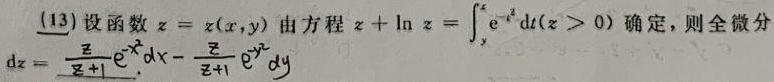
(13) 设函数$z = z(x,y)$由方程$z+\ln z=\int_{y}^{x}e^{-t^{2}}dt(z > 0)$确定，则全微分$dz=\frac{z}{z + 1}e^{-x^{2}}dx-\frac{z}{z + 1}e^{-y^{2}}dy$